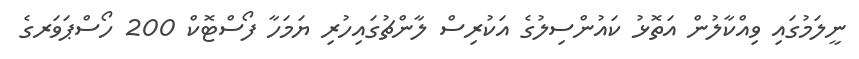
ނީލަމުގައި ވިއްކާލުން އަތޮޅު ކައުންސިލުގެ އަކުރިސް ލާންޗުގައިހުރި ޔަމަހާ ފޯސްޓޮކް 200 ހޯސްޕަވަރގެ